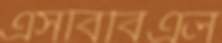
এসবিবিএল